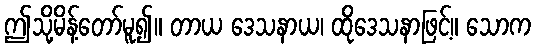
ဤသို့မိန့်တော်မူ၍။ တာယ ဒေသနာယ၊ ထိုဒေသနာဖြင့်။ သောက